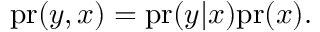
\mathrm { p r } ( y , x ) = \mathrm { p r } ( y | x ) \mathrm { p r } ( x ) .